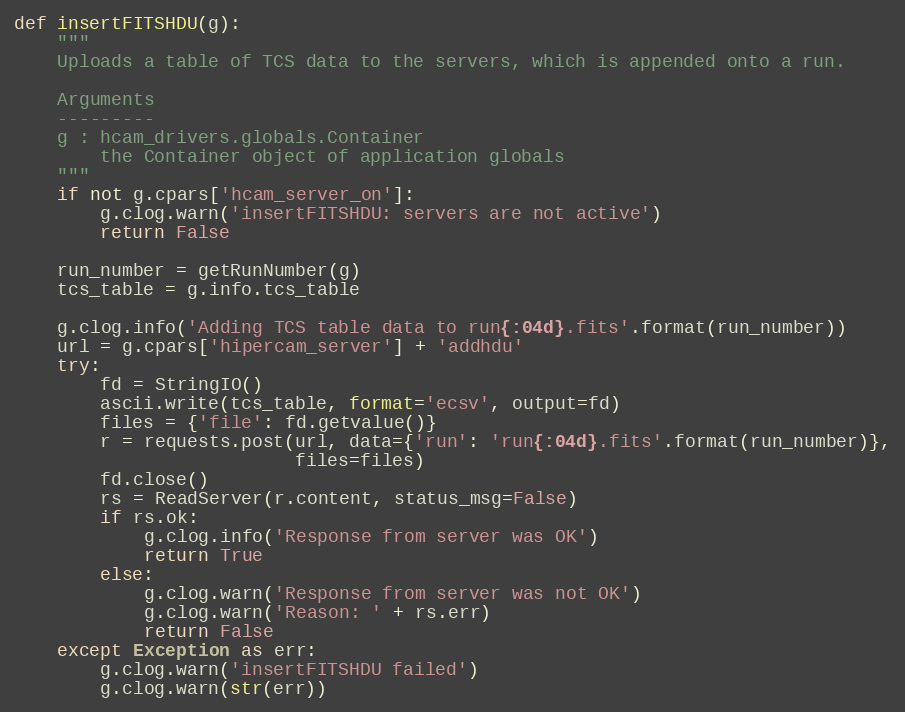
Language: Python
def insertFITSHDU(g):
    """
    Uploads a table of TCS data to the servers, which is appended onto a run.

    Arguments
    ---------
    g : hcam_drivers.globals.Container
        the Container object of application globals
    """
    if not g.cpars['hcam_server_on']:
        g.clog.warn('insertFITSHDU: servers are not active')
        return False

    run_number = getRunNumber(g)
    tcs_table = g.info.tcs_table

    g.clog.info('Adding TCS table data to run{:04d}.fits'.format(run_number))
    url = g.cpars['hipercam_server'] + 'addhdu'
    try:
        fd = StringIO()
        ascii.write(tcs_table, format='ecsv', output=fd)
        files = {'file': fd.getvalue()}
        r = requests.post(url, data={'run': 'run{:04d}.fits'.format(run_number)},
                          files=files)
        fd.close()
        rs = ReadServer(r.content, status_msg=False)
        if rs.ok:
            g.clog.info('Response from server was OK')
            return True
        else:
            g.clog.warn('Response from server was not OK')
            g.clog.warn('Reason: ' + rs.err)
            return False
    except Exception as err:
        g.clog.warn('insertFITSHDU failed')
        g.clog.warn(str(err))